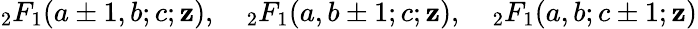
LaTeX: {}_{2}F_{1}(a\pm1,b;c;\mathbf{z}),\quad{}_{2}F_{1}(a,b\pm1;c;\mathbf{z}),\quad{}_{2}F_{1}(a,b;c\pm1;\mathbf{z})